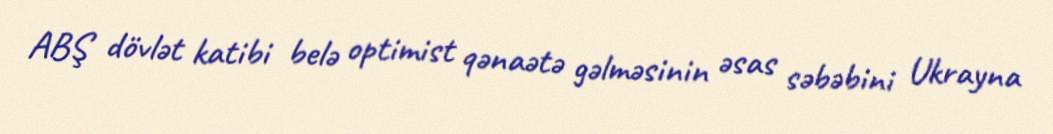
ABŞ dövlət katibi belə optimist qənaətə gəlməsinin əsas səbəbini Ukrayna